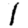
Digit: 1